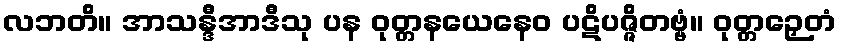
လဘတိ။ အာသန္ဒီအာဒီသု ပန ဝုတ္တနယေနေဝ ပဋိပဇ္ဇိတဗ္ဗံ။ ဝုတ္တဉှေတံ